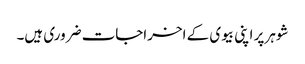
شوہر پر اپنی بیوی کے اخراجات ضروری ہیں۔